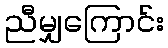
ညီမျှကြောင်း